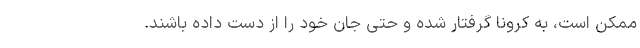
ممکن است، به کرونا گرفتار شده و حتی جان خود را از دست داده باشند.